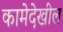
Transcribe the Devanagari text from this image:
कामेदेखील